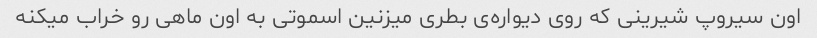
اون سیروپ شیرینی که روی دیواره‌ی بطری میزنین اسموتی به اون ماهی رو خراب میکنه